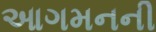
આગમનની